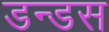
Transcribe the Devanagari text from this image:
डन्डस